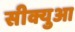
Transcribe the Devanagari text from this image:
सीक्युआ